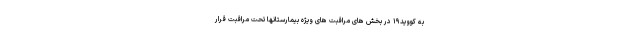
به کووید۱۹ در بخش های مراقبت های ویژه بیمارستانها تحت مراقبت قرار